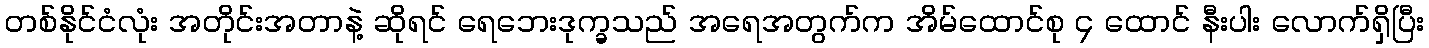
တစ်နိုင်ငံလုံး အတိုင်းအတာနဲ့ ဆိုရင် ရေဘေးဒုက္ခသည် အရေအတွက်က အိမ်ထောင်စု ၄ ထောင် နီးပါး လောက်ရှိပြီး